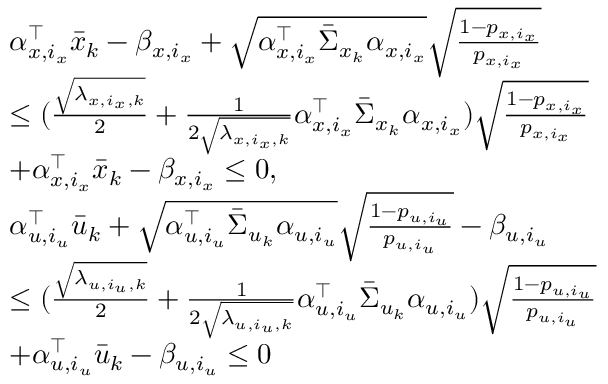
\begin{array} { r l } & { \alpha _ { x , i _ { x } } ^ { \top } \bar { x } _ { k } - \beta _ { x , i _ { x } } + \sqrt { \alpha _ { x , i _ { x } } ^ { \top } \bar { \Sigma } _ { x _ { k } } \alpha _ { x , i _ { x } } } \sqrt { \frac { 1 - p _ { x , i _ { x } } } { p _ { x , i _ { x } } } } } \\ & { \leq ( \frac { \sqrt { \lambda _ { x , i _ { x } , k } } } { 2 } + \frac { 1 } { 2 \sqrt { \lambda _ { x , i _ { x } , k } } } \alpha _ { x , i _ { x } } ^ { \top } \bar { \Sigma } _ { x _ { k } } \alpha _ { x , i _ { x } } ) \sqrt { \frac { 1 - p _ { x , i _ { x } } } { p _ { x , i _ { x } } } } } \\ & { + \alpha _ { x , i _ { x } } ^ { \top } \bar { x } _ { k } - \beta _ { x , i _ { x } } \leq 0 , } \\ & { \alpha _ { u , i _ { u } } ^ { \top } \bar { u } _ { k } + \sqrt { \alpha _ { u , i _ { u } } ^ { \top } \bar { \Sigma } _ { u _ { k } } \alpha _ { u , i _ { u } } } \sqrt { \frac { 1 - p _ { u , i _ { u } } } { p _ { u , i _ { u } } } } - \beta _ { u , i _ { u } } } \\ & { \leq ( \frac { \sqrt { \lambda _ { u , i _ { u } , k } } } { 2 } + \frac { 1 } { 2 \sqrt { \lambda _ { u , i _ { u } , k } } } \alpha _ { u , i _ { u } } ^ { \top } \bar { \Sigma } _ { u _ { k } } \alpha _ { u , i _ { u } } ) \sqrt { \frac { 1 - p _ { u , i _ { u } } } { p _ { u , i _ { u } } } } } \\ & { + \alpha _ { u , i _ { u } } ^ { \top } \bar { u } _ { k } - \beta _ { u , i _ { u } } \leq 0 } \end{array}